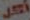
أككل